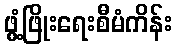
ဖွံ့ဖြိုးရေးစီမံကိန်း